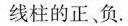
线柱的正、负。